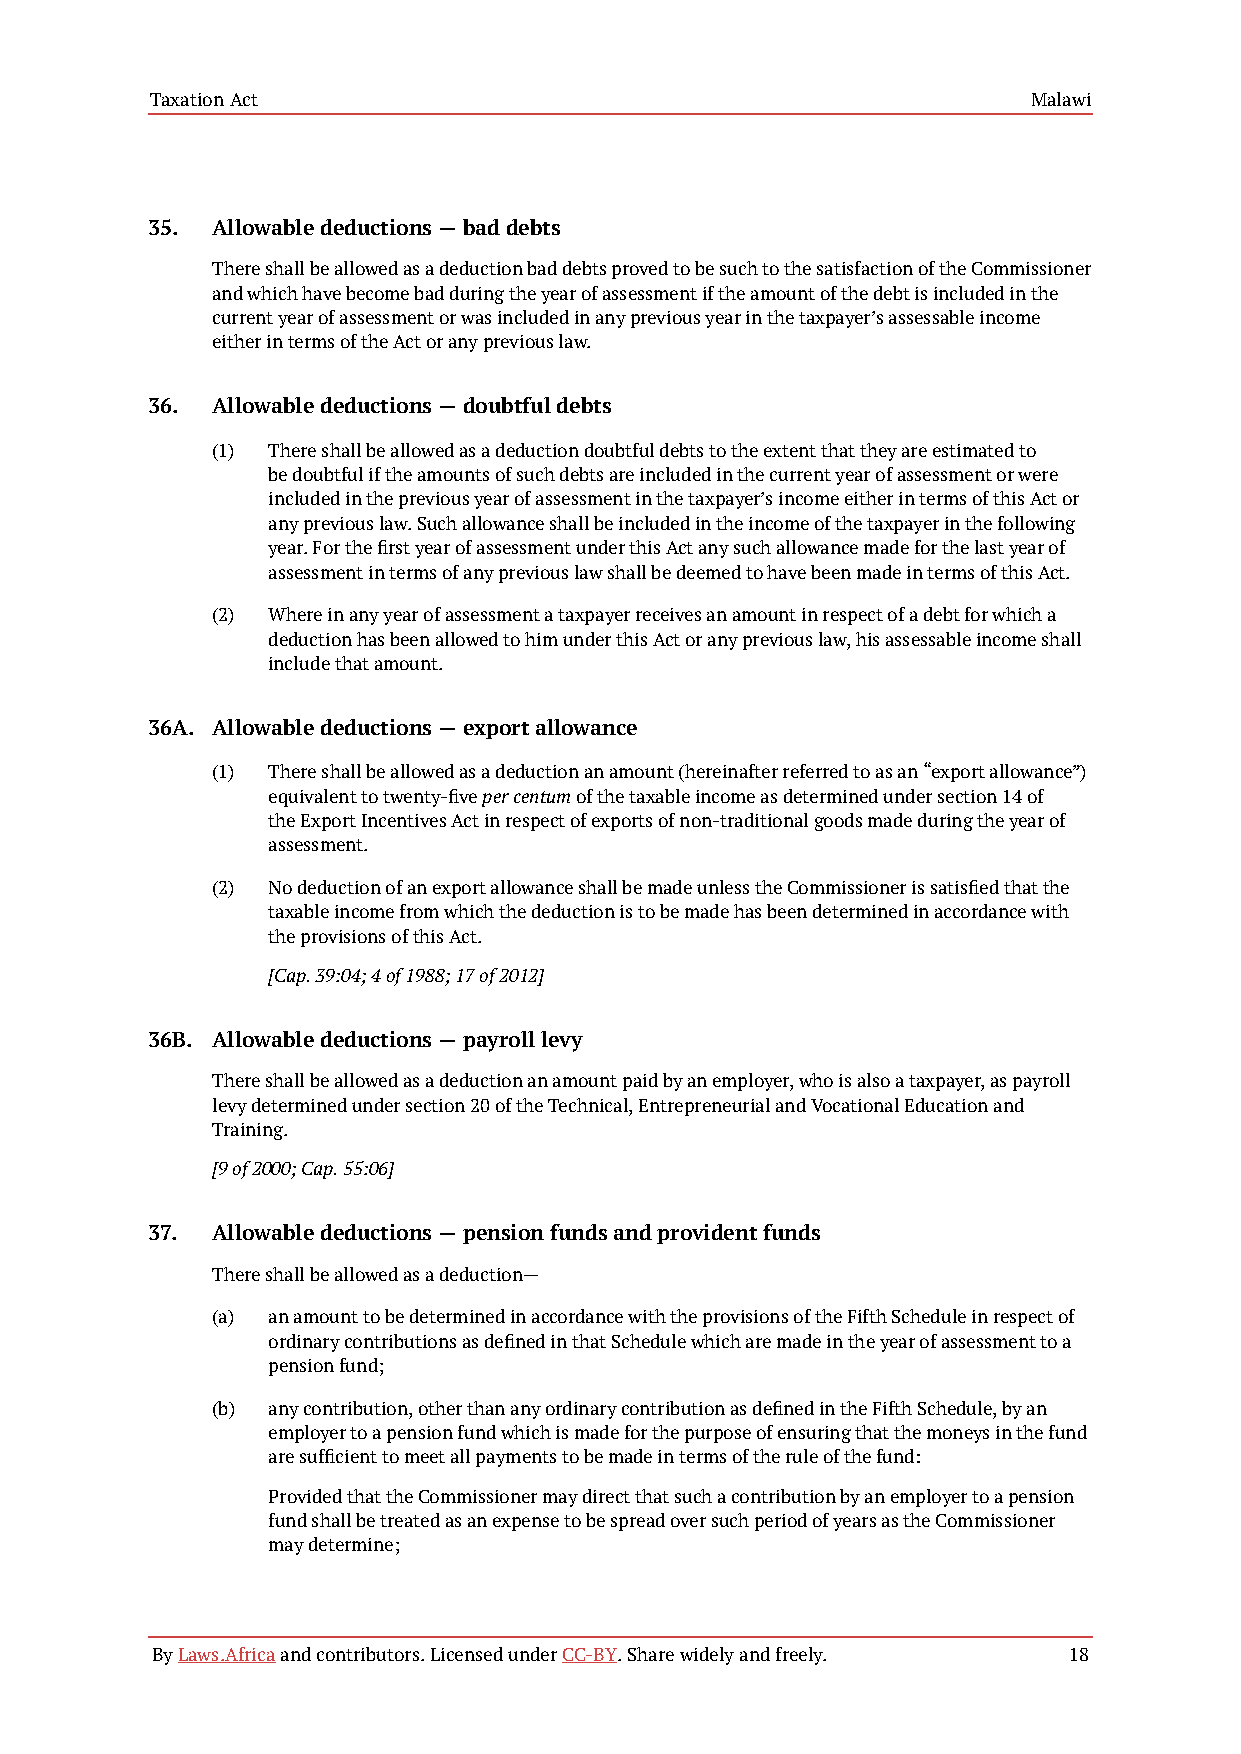
Taxation Act                                              Malawi
 35. Allowable deductions — bad debts
 There shall be allowed as a deduction bad debts proved to be such to the satisfaction of the Commissioner
 and which have become bad during the year of assessment if the amount of the debt is included in the
 current year of assessment or was included in any previous year in the taxpayer’s assessable income
 either in terms of the Act or any previous law.
 36. Allowable deductions — doubtful debts
 (1) There shall be allowed as a deduction doubtful debts to the extent that they are estimated to
 be doubtful if the amounts of such debts are included in the current year of assessment or were
 included in the previous year of assessment in the taxpayer’s income either in terms of this Act or
 any previous law. Such allowance shall be included in the income of the taxpayer in the following
 year. For the first year of assessment under this Act any such allowance made for the last year of
 assessment in terms of any previous law shall be deemed to have been made in terms of this Act.
 (2) Where in any year of assessment a taxpayer receives an amount in respect of a debt for which a
 deduction has been allowed to him under this Act or any previous law, his assessable income shall
 include that amount.
 36A. Allowable deductions — export allowance
 (1) There shall be allowed as a deduction an amount (hereinafter referred to as an “export allowance”)
 equivalent to twenty-five per centum of the taxable income as determined under section 14 of
 the Export Incentives Act in respect of exports of non-traditional goods made during the year of
 assessment.
 (2) No deduction of an export allowance shall be made unless the Commissioner is satisfied that the
 taxable income from which the deduction is to be made has been determined in accordance with
 the provisions of this Act.
 [Cap. 39:04; 4 of 1988; 17 of 2012]
 36B. Allowable deductions — payroll levy
 There shall be allowed as a deduction an amount paid by an employer, who is also a taxpayer, as payroll
 levy determined under section 20 of the Technical, Entrepreneurial and Vocational Education and
 Training.
 [9 of 2000; Cap. 55:06]
 37. Allowable deductions — pension funds and provident funds
 There shall be allowed as a deduction—
 (a) an amount to be determined in accordance with the provisions of the Fifth Schedule in respect of
 ordinary contributions as defined in that Schedule which are made in the year of assessment to a
 pension fund;
 (b) any contribution, other than any ordinary contribution as defined in the Fifth Schedule, by an
 employer to a pension fund which is made for the purpose of ensuring that the moneys in the fund
 are sufficient to meet all payments to be made in terms of the rule of the fund:
 Provided that the Commissioner may direct that such a contribution by an employer to a pension
 fund shall be treated as an expense to be spread over such period of years as the Commissioner
 may determine;
 By Laws.Africa and contributors. Licensed under CC-BY. Share widely and freely. 18